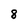
Character: 8